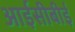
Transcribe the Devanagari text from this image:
आईसीबीई